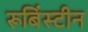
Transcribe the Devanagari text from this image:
रूबिंस्टीन